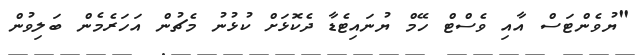
"ޔުވެންޓަސް އާއި ވެސްޓް ހޭމް ޔުނައިޓެޑާ ދެކޮޅަށް ކުޅުނު މެޗުން އަހަރެމެން ބަލިވުން